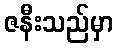
ဇနီးသည်မှာ